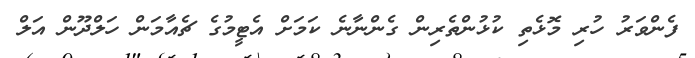
ފެންވަރު ހުރި މޮޅެތި ކުޅުންތެރިން ގެންނާނެ ކަމަށް އެޓީމުގެ ޗެއާމަން ހަލްދޫން އަލް